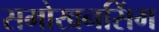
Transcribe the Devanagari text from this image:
समोखनसिंग